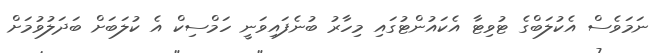
ނަމަވެސް އެކުލަބްގެ ޓުވިޓާ އެކައުންޓުގައި މިހާރު ބުނެފައިވަނީ ހަމްސިކް އެ ކުލަބަށް ބަދަލުވުމަށް